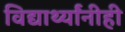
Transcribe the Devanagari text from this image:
विद्यार्थ्यांनीही